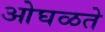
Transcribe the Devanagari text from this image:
ओघळते